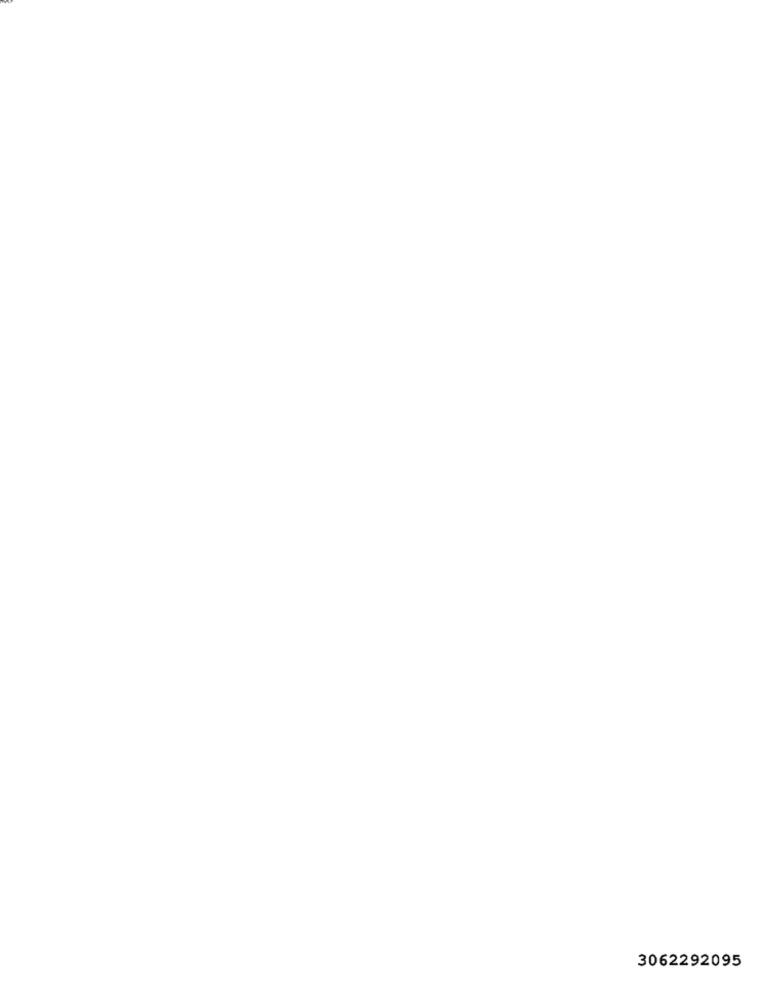
3062292095